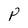
Character: P